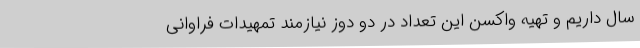
سال داریم و تهیه واکسن این تعداد در دو دوز نیازمند تمهیدات فراوانی